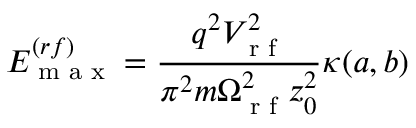
E _ { \textrm { m a x } } ^ { ( r f ) } = \frac { q ^ { 2 } V _ { \textrm { r f } } ^ { 2 } } { \pi ^ { 2 } m \Omega _ { \textrm { r f } } ^ { 2 } z _ { 0 } ^ { 2 } } \kappa ( a , b )